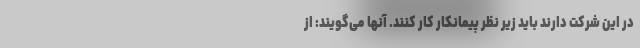
در این شرکت دارند باید زیر نظر پیمانکار کار کنند. آنها می‌گویند: از